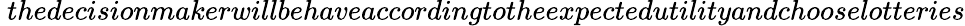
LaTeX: \ thedecisionmakerwillbehaveaccordingtotheexpectedutilityandchooselotteries